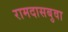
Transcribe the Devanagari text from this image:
रामदासबुवा